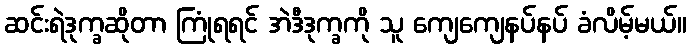
ဆင်းရဲဒုက္ခဆိုတာ ကြုံရရင် အဲဒီဒုက္ခကို သူ ကျေကျေနပ်နပ် ခံလိမ့်မယ်။